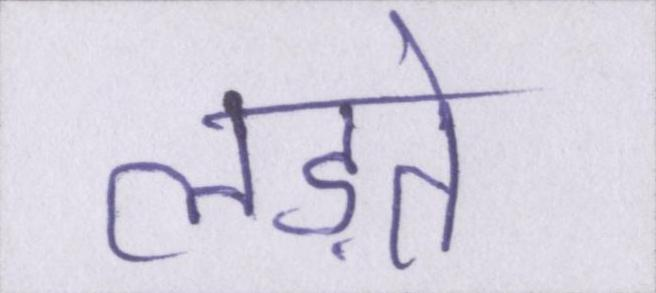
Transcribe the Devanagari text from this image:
लड़ते